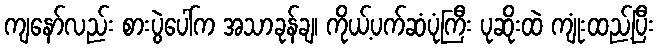
ကျနော်လည်း စားပွဲပေါ်က အသာခုန်ချ၊ ကိုယ့်ပက်ဆံပုံကြီး ပုဆိုးထဲ ကျုံးထည့်ပြီး